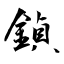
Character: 鍞